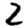
Digit: 2